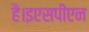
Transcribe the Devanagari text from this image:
है।इएसपीएन